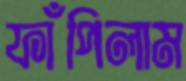
ফাঁপিলাম